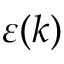
\varepsilon ( k )